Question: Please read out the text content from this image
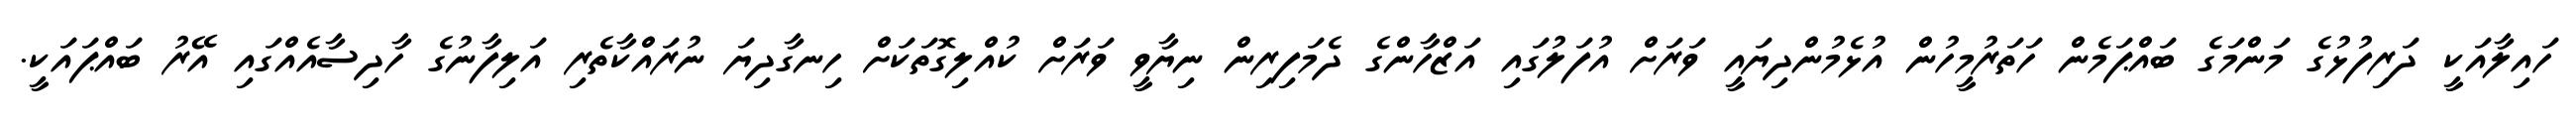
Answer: ހައިލާއަކީ ދަރިފުޅުގެ މަންމަގެ ބައްޕަމެން ހަތަރުމީހުން އުޅެމުންދިޔައީ ވަރަށް އުފަލުގައި އަޒްހާންގެ ދެމަފިރިން ނިޔާވީ ވަރަށް ކުއްލިގޮތަކަށް ހިނގާދިޔަ ނުރައްކާތެރި އަލިފާނުގެ ހާދިސާއެއްގައި އޭރު ބައްޕައަކީ.